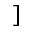
]